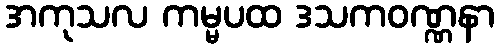
အကုသလ ကမ္မပထ ဒသကဝဏ္ဏနာ